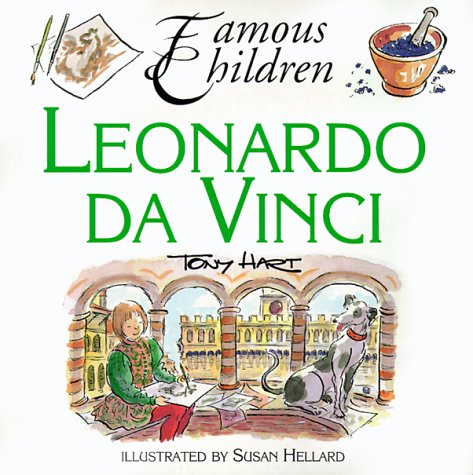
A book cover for Leonardo da Vinci (Famous Children Series); Ann Rachlin; Children's Books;